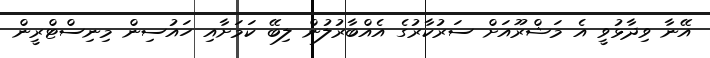
އޭނާ ވިދާޅުވީ އެ މަޝްރޫއަށް ސަރުކާރުގެ އެއްބާރުލުން ލިބޭ ކަމަށާއި ހައުސިން މިނިސްޓްރީން